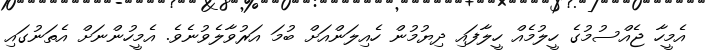
އެމީހާ ޖެއްސުމުގެ ހީލުމެއް ހީލާފައި ދިޔުމުން ހެއިލަންއަށް ބުމަ އަރުވާލެވުނެވެ. އެމީހުންނަށް އެތަނުގައި